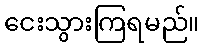
ငေးသွားကြရမည်။